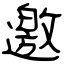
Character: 邀